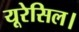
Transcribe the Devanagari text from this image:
यूरेसिल।